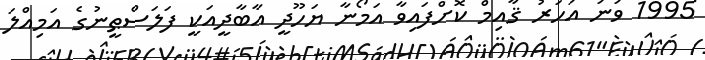
1995 ވަނަ އަހަރު ޤާއިމް ކޮށްފައިވާ އަމޯނާ ޔަހޫދީ އާބާދީއަކީ ފަލަސްޠީނުގެ އަމިއްލަ